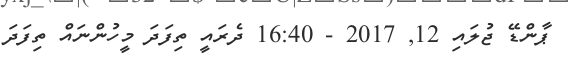
ޕާންޑޭ ޖުލައި 12